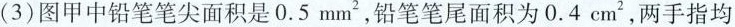
(3)图甲中铅笔笔尖面积是0.5mm^{2}，铅笔笔尾面积为0.4cm^{2}，两手指均